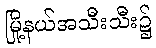
မြို့နယ်အသီးသီး၌